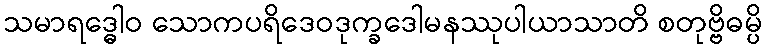
သမာရဒ္ဓေါဝ သောကပရိဒေဝဒုက္ခဒေါမနဿုပါယာသာတိ စတုဗ္ဗိဓမ္ပိ